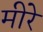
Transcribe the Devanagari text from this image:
मीरे